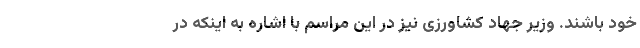
خود باشند. وزیر جهاد کشاورزی نیز در این مراسم با اشاره به اینکه در